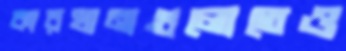
কারখানাগুলোতেও